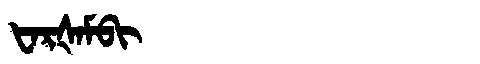
Manchu: ᡶᠠᡵᡧᠠᠮᠪᡳ
Romanization: FARŠAMBI